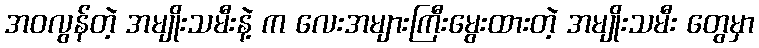
အဝလွန်တဲ့ အမျိုးသမီးနဲ့ က လေးအများကြီးမွေးထားတဲ့ အမျိုးသမီး တွေမှာ